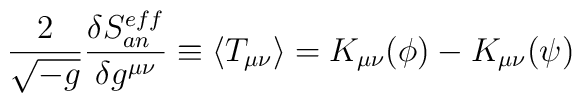
\frac{2}{\sqrt{-g}}\frac{\delta S^{eff}_{an}}{\delta g^{\mu\nu}}\equiv \langle T_{\mu\nu}\rangle = K_{\mu\nu}(\phi)-K_{\mu\nu}(\psi)